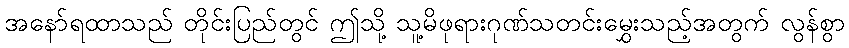
အနော်ရထာသည် တိုင်းပြည်တွင် ဤသို့ သူ့မိဖုရားဂုဏ်သတင်းမွှေးသည့်အတွက် လွန်စွာ